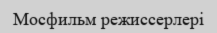
Мосфильм режиссерлері